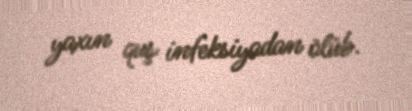
yaxın quş infeksiyadan ölüb.